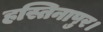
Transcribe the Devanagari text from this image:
हस्तिनापुर।